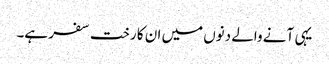
یہی آنے والے دنوں میں ان کا رخت سفر ہے۔